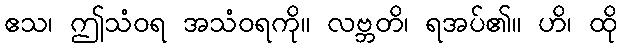
ဧသ၊ ဤသံဝရ အသံဝရကို။ လဗ္ဘတိ၊ ရအပ်၏။ ဟိ၊ ထို